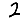
Digit: 2